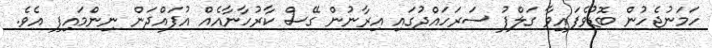
ހަމަނުޖެހުން ބޮޑުވެފައިވާ ގަލްފު ސަރަހައްދުގައި އިރާނުން ގޭސް ކާރުހާނާއެއް އުފައްދަން ނިންމައިފި އެވެ.